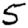
Digit: 5